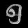
Digit: ၅